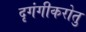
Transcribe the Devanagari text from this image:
दृगंगीकरोतु